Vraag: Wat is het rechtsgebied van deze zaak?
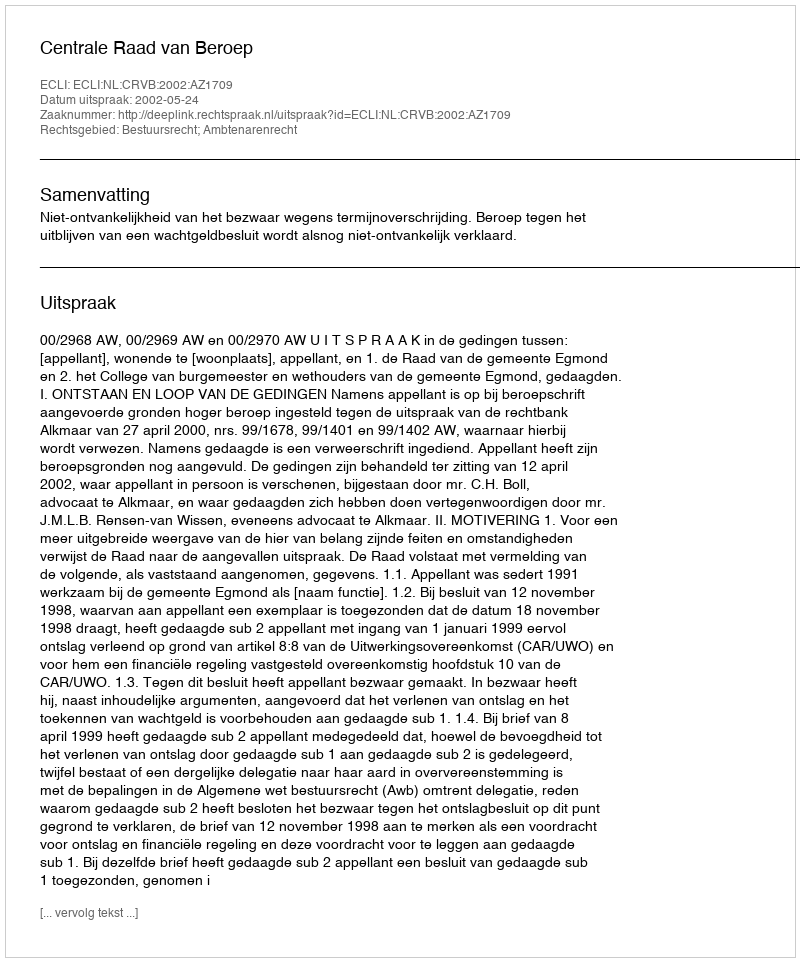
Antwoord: Bestuursrecht; Ambtenarenrecht